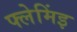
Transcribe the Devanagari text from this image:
फ्लेमिंइ